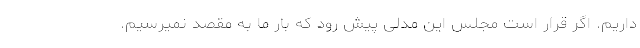
داریم. اگر قرار است مجلس این مدلی پیش رود که بار ما به مقصد نمیرسیم.